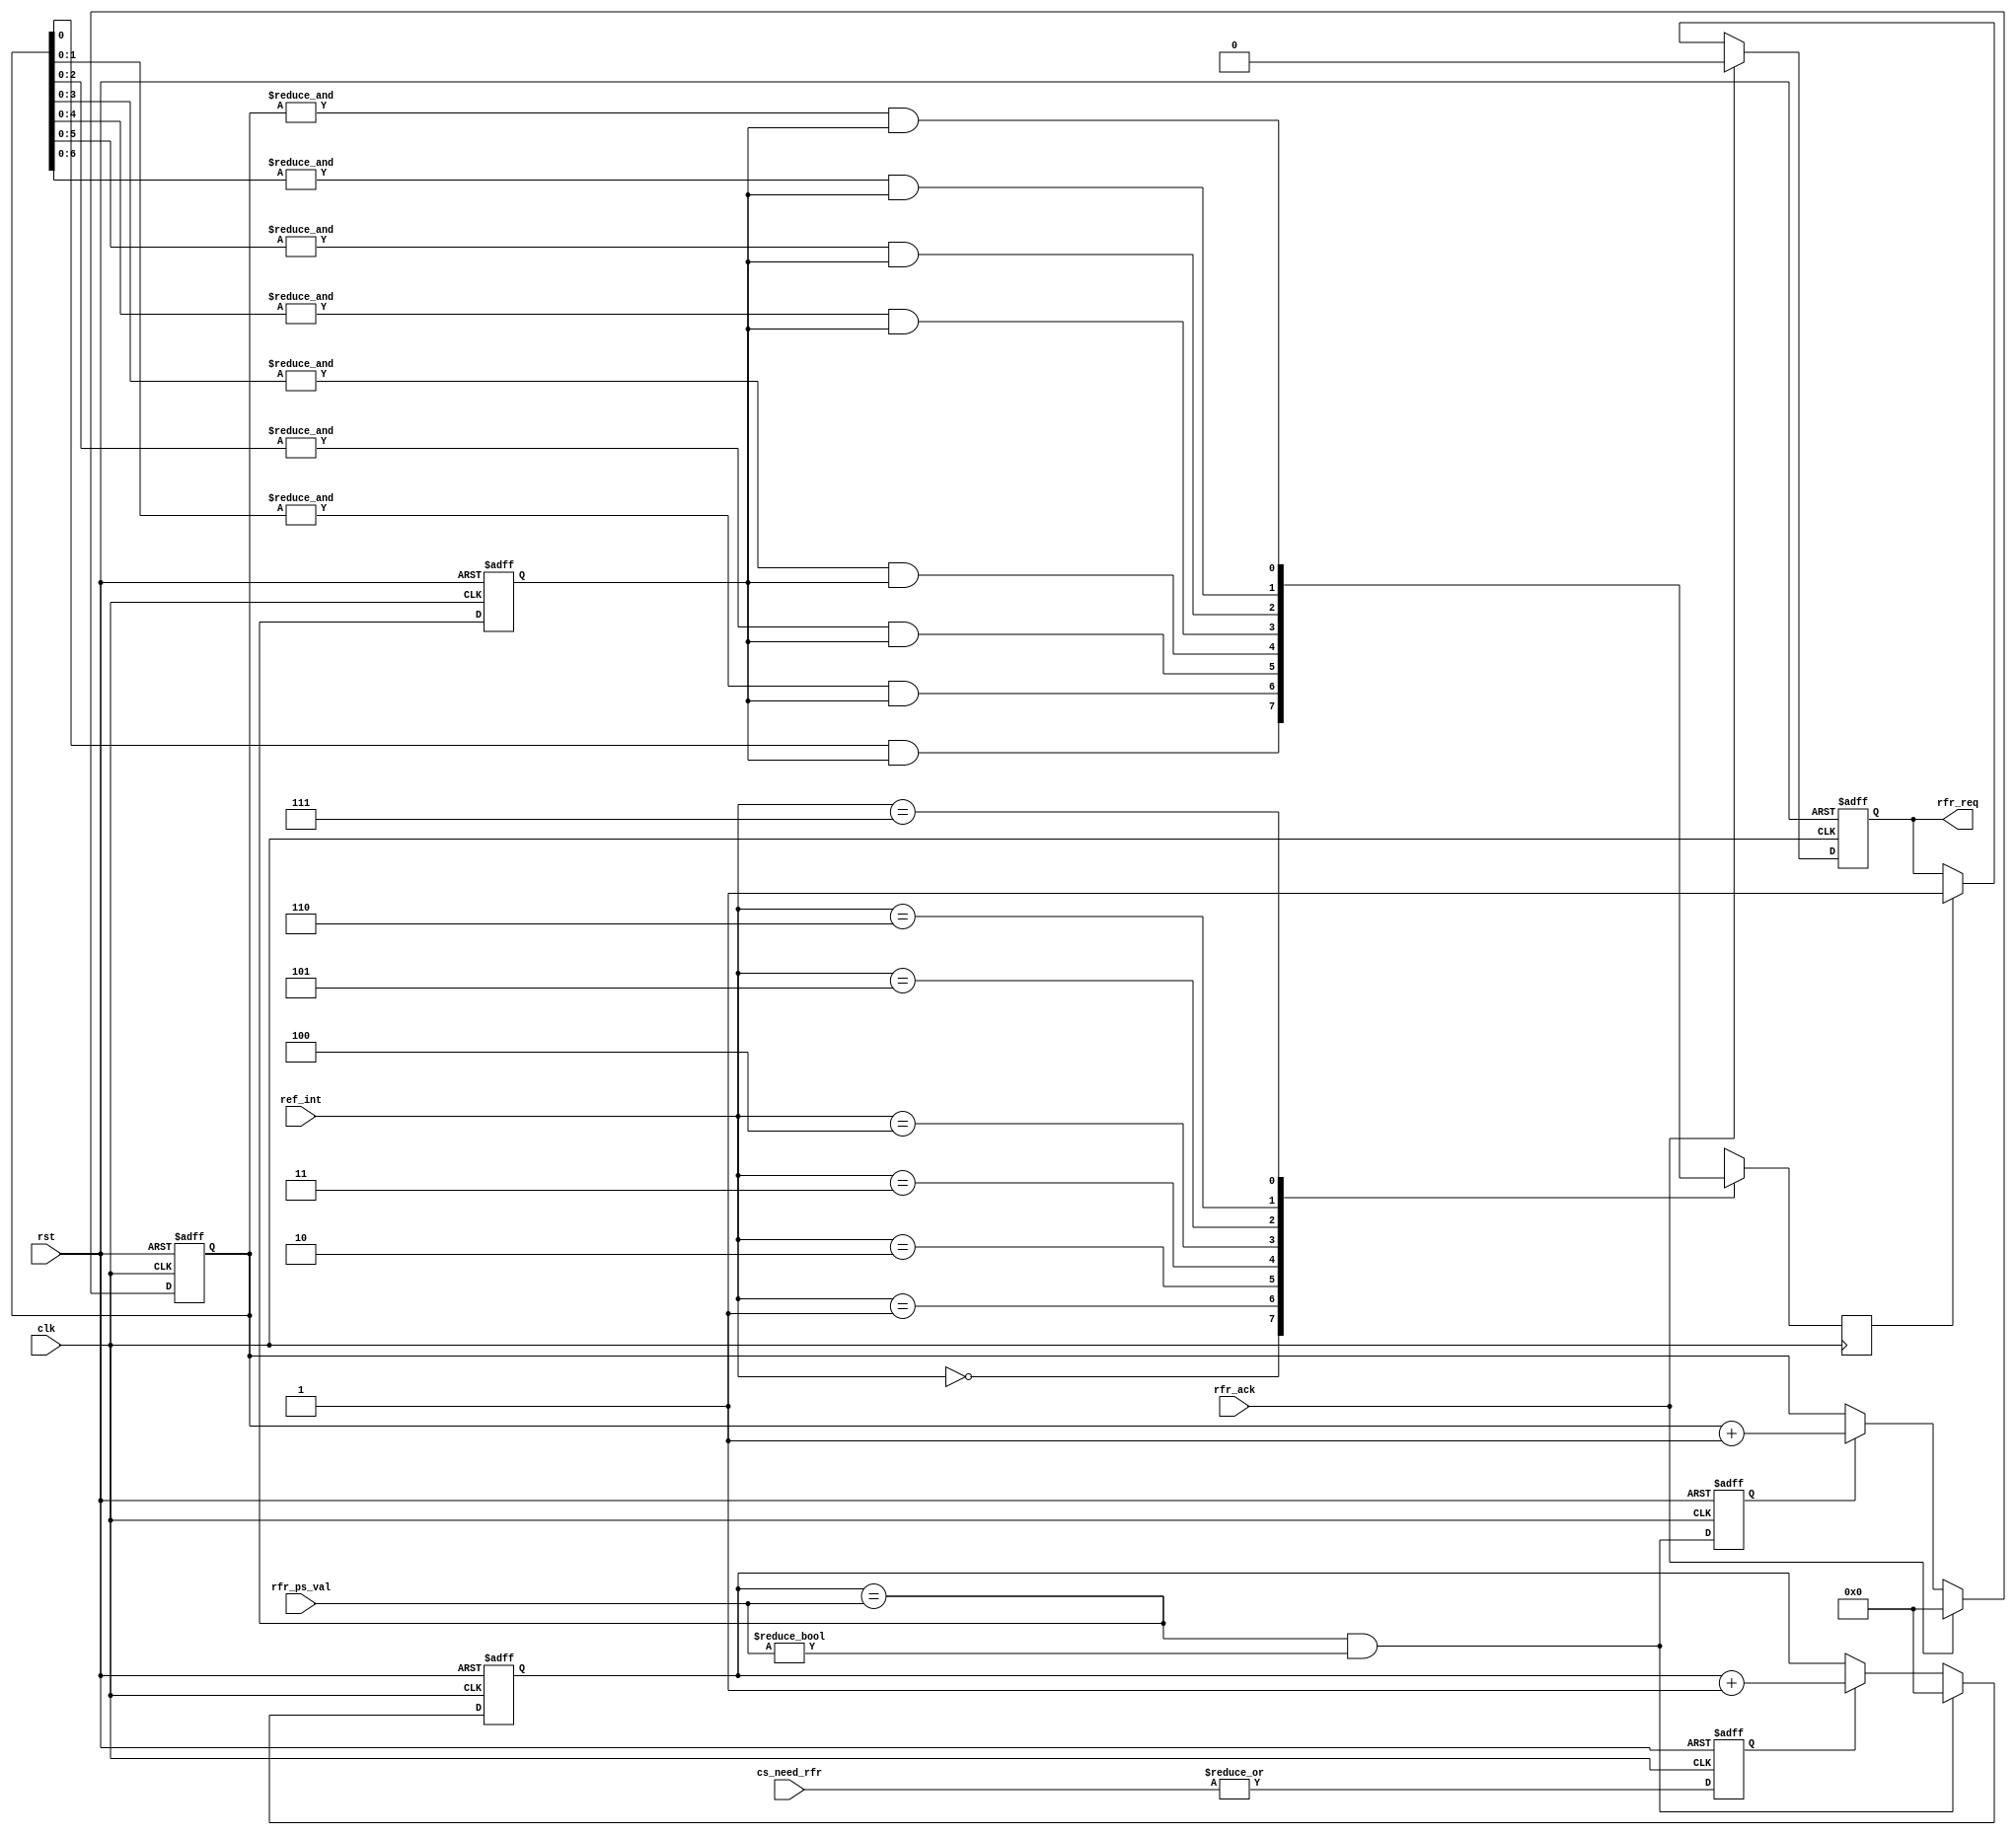
/////////////////////////////////////////////////////////////////////
////                                                             ////
////  WISHBONE Memory Controller                                 ////
////  Refresh Module                                             ////
////                                                             ////
////                                                             ////
////          rudi@asics.ws                                      ////
////                                                             ////
////                                                             ////
////  Downloaded from: http://www.opencores.org/cores/mem_ctrl/  ////
////                                                             ////
/////////////////////////////////////////////////////////////////////
////                                                             ////
//// Copyright (C) 2000-2002 Rudolf Usselmann                    ////
////                         www.asics.ws                        ////
////                         rudi@asics.ws                       ////
////                                                             ////
//// This source file may be used and distributed without        ////
//// restriction provided that this copyright statement is not   ////
//// removed from the file and that any derivative work contains ////
//// the original copyright notice and the associated disclaimer.////
////                                                             ////
////     THIS SOFTWARE IS PROVIDED ``AS IS'' AND WITHOUT ANY     ////
//// EXPRESS OR IMPLIED WARRANTIES, INCLUDING, BUT NOT LIMITED   ////
//// TO, THE IMPLIED WARRANTIES OF MERCHANTABILITY AND FITNESS   ////
//// FOR A PARTICULAR PURPOSE. IN NO EVENT SHALL THE AUTHOR      ////
//// OR CONTRIBUTORS BE LIABLE FOR ANY DIRECT, INDIRECT,         ////
//// INCIDENTAL, SPECIAL, EXEMPLARY, OR CONSEQUENTIAL DAMAGES    ////
//// (INCLUDING, BUT NOT LIMITED TO, PROCUREMENT OF SUBSTITUTE   ////
//// GOODS OR SERVICES; LOSS OF USE, DATA, OR PROFITS; OR        ////
//// BUSINESS INTERRUPTION) HOWEVER CAUSED AND ON ANY THEORY OF  ////
//// LIABILITY, WHETHER IN  CONTRACT, STRICT LIABILITY, OR TORT  ////
//// (INCLUDING NEGLIGENCE OR OTHERWISE) ARISING IN ANY WAY OUT  ////
//// OF THE USE OF THIS SOFTWARE, EVEN IF ADVISED OF THE         ////
//// POSSIBILITY OF SUCH DAMAGE.                                 ////
////                                                             ////
/////////////////////////////////////////////////////////////////////

//  CVS Log
//
//  $Id: mc_refresh.v,v 1.4 2002-01-21 13:08:52 rudi Exp $
//
//  $Date: 2002-01-21 13:08:52 $
//  $Revision: 1.4 $
//  $Author: rudi $
//  $Locker:  $
//  $State: Exp $
//
// Change History:
//               $Log: not supported by cvs2svn $
//               Revision 1.3  2001/12/11 02:47:19  rudi
//
//               - Made some changes not to expect clock during reset ...
//
//               Revision 1.2  2001/09/24 00:38:21  rudi
//
//               Changed Reset to be active high and async.
//
//               Revision 1.1  2001/07/29 07:34:41  rudi
//
//
//               1) Changed Directory Structure
//               2) Fixed several minor bugs
//
//               Revision 1.3  2001/06/12 15:19:49  rudi
//
//
//               Minor changes after running lint, and a small bug fix reading csr and ba_mask registers.
//
//               Revision 1.2  2001/06/03 11:37:17  rudi
//
//
//               1) Fixed Chip Select Mask Register
//               	- Power On Value is now all ones
//               	- Comparison Logic is now correct
//
//               2) All resets are now asynchronous
//
//               3) Converted Power On Delay to an configurable item
//
//               4) Added reset to Chip Select Output Registers
//
//               5) Forcing all outputs to Hi-Z state during reset
//
//               Revision 1.1.1.1  2001/05/13 09:39:47  rudi
//               Created Directory Structure
//
//
//
//


module mc_refresh(clk, rst, 
		cs_need_rfr, ref_int, rfr_req, rfr_ack,
		rfr_ps_val
		);

input		clk, rst;
input	[7:0]	cs_need_rfr;
input	[2:0]	ref_int;
output		rfr_req;
input		rfr_ack;
input	[7:0]	rfr_ps_val;

////////////////////////////////////////////////////////////////////
//
// Local Registers & Wires
//

reg		rfr_en;
reg	[7:0]	ps_cnt;
wire		ps_cnt_clr;
reg		rfr_ce;
reg	[7:0]	rfr_cnt;
reg		rfr_clr;
reg		rfr_req;
reg		rfr_early;

/*
Refresh generation

The prescaler generates a 0.48828 uS clock enable

The refresh counter generates the following refresh rates:
(Actual values are about 0.63% below the desired values).
This is for a 200 Mhz WISHBONE Bus.
0.970 uS,
1.940
3.880
7.760
15.520
32.040
62.080
124.160 uS

(desired values)
0.976 uS
1.953
3.906
7.812
15.625
31.250
62.500
125.000 uS
*/

////////////////////////////////////////////////////////////////////
//
// Prescaler
//

always @(posedge clk or posedge rst)
	if(rst)		rfr_en <= #1 1'b0;
	else		rfr_en <= #1 |cs_need_rfr;

always @(posedge clk or posedge rst)
	if(rst)				ps_cnt <= #1 8'h0;
	else	
	if(ps_cnt_clr)			ps_cnt <= #1 8'h0;
	else	
	if(rfr_en)			ps_cnt <= #1 ps_cnt + 8'h1;

assign ps_cnt_clr = (ps_cnt == rfr_ps_val) & (rfr_ps_val != 8'h0);

always @(posedge clk or posedge rst)
	if(rst)		rfr_early <= #1 1'b0;
	else		rfr_early <= #1 (ps_cnt == rfr_ps_val);

////////////////////////////////////////////////////////////////////
//
// Refresh Counter
//

always @(posedge clk or posedge rst)
	if(rst)		rfr_ce <= #1 1'b0;
	else		rfr_ce <= #1 ps_cnt_clr;

always @(posedge clk or posedge rst)
	if(rst)			rfr_cnt <= #1 8'h0;
	else
	if(rfr_ack)		rfr_cnt <= #1 8'h0;
	else
	if(rfr_ce)		rfr_cnt <= #1 rfr_cnt + 8'h1;

always @(posedge clk)
	case(ref_int)		// synopsys full_case parallel_case
	   3'h0: rfr_clr <= #1  rfr_cnt[0]   & rfr_early;
	   3'h1: rfr_clr <= #1 &rfr_cnt[1:0] & rfr_early;
	   3'h2: rfr_clr <= #1 &rfr_cnt[2:0] & rfr_early;
	   3'h3: rfr_clr <= #1 &rfr_cnt[3:0] & rfr_early;
	   3'h4: rfr_clr <= #1 &rfr_cnt[4:0] & rfr_early;
	   3'h5: rfr_clr <= #1 &rfr_cnt[5:0] & rfr_early;
	   3'h6: rfr_clr <= #1 &rfr_cnt[6:0] & rfr_early;
	   3'h7: rfr_clr <= #1 &rfr_cnt[7:0] & rfr_early;
	endcase

always @(posedge clk or posedge rst)
	if(rst)			rfr_req <= #1 1'b0;
	else
	if(rfr_ack)		rfr_req <= #1 1'b0;
	else
	if(rfr_clr)		rfr_req <= #1 1'b1;

endmodule